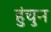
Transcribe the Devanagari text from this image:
हुंचुन